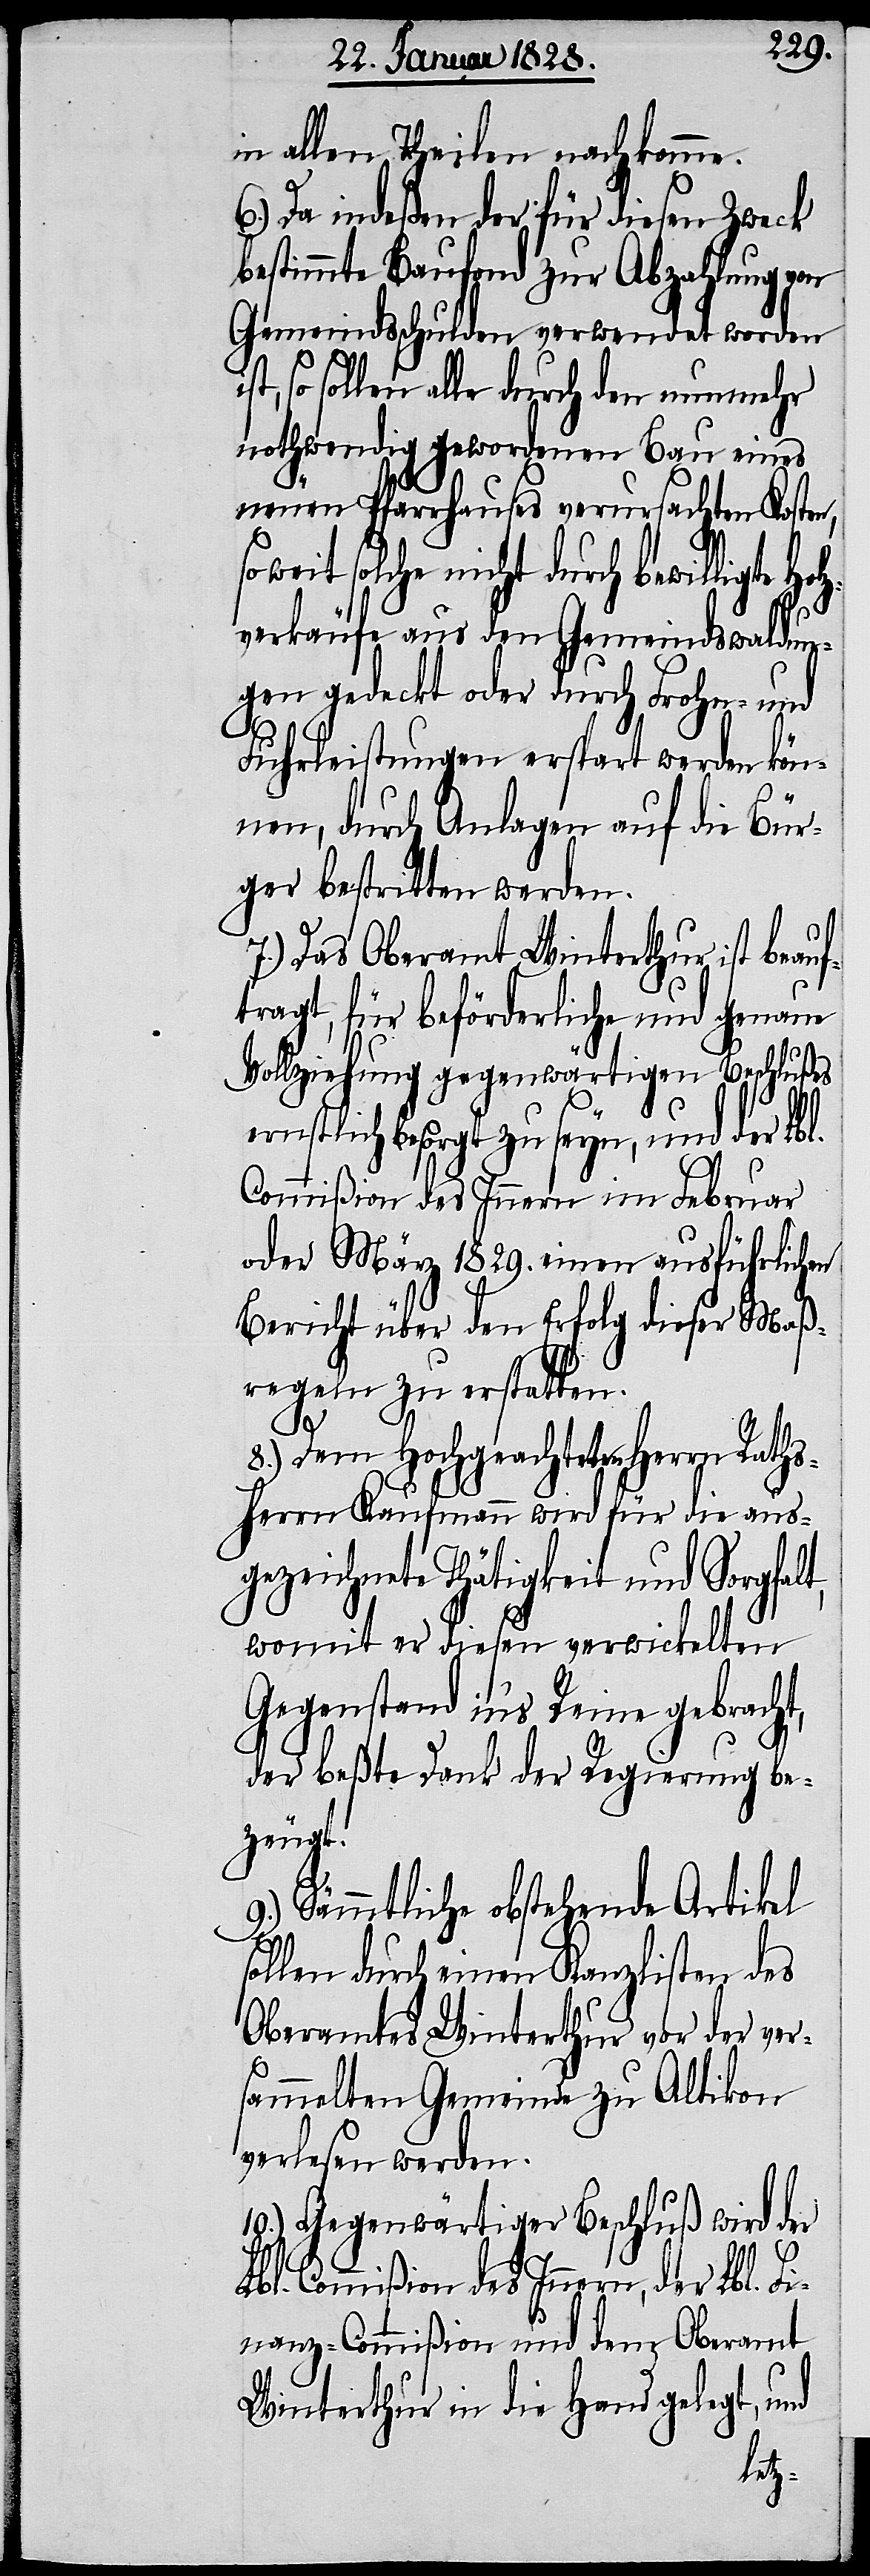
in allen Theilen nachkomme.
6.) Da indeßen der für diesen Zweck
bestimmte Baufond zur Abzahlung von
Gemeindsschulden verwendet worden
so sollen alle durch den nunmehr
nothwendig gewordenen Bau eines
neuen Pfarrhauses verursachten Koste¬
eit solche nicht durch bewilligte
verkäufe aus den Gemeindswaldun¬
gen gedeckt oder durch Frohn- und
Fuhrleistungen erspart werden kön¬
nen, durch Anlagen auf die Bür¬
ger bestritten werden.
7.) Das Oberamt Winterthur ist beauf¬
tragt, für beförderliche und genaue
Vollziehung gegenwärtigen Beschlußes
n,
w¬
ernstlich besorgt zu seyn, und der Lbl.
Commißion des Innern im Februar
oder März 1829. einen ausführlichen
Bericht über den Erfolg dieser Maß¬
regeln zu erstatten.
8.) Dem Hochgeachteten Herrn Raths¬
herrn Kaufmann wird für die aus¬
gezeichnete Thätigkeit und Sorgfalt,
womit er diesen verwickelten
Gegenstand in‘s Reine gebracht,
der beßte Dank der Regierung be¬
zeugt.
9.) Sämmtliche obstehende Artikel
sollen durch einen Kanzlisten des
Oberamtes Winterthur vor der ver¬
sammelten Gemeinde zu Altikon
verlesen werden.
10:) Gegenwärtiger Beschluß wird der
Lbl. Commißion des Innern, der Lbl. Fi¬
nanz-Commißion und dem Oberamt
Winterthur in die Hand gelegt, und
Holz¬